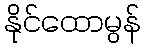
နိုင်ထောမွန်